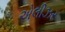
એલીઝર